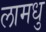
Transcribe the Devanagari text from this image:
लामधु